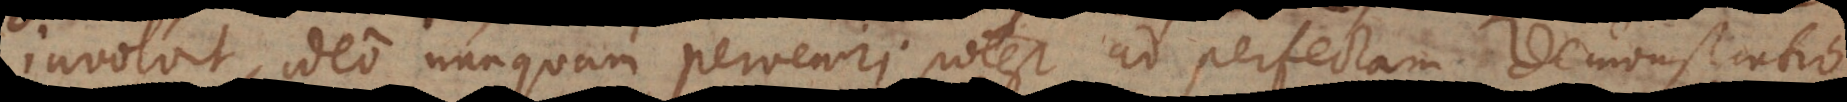
involvit, ideo nunquam perveniri potest ad perfectam demonstratio